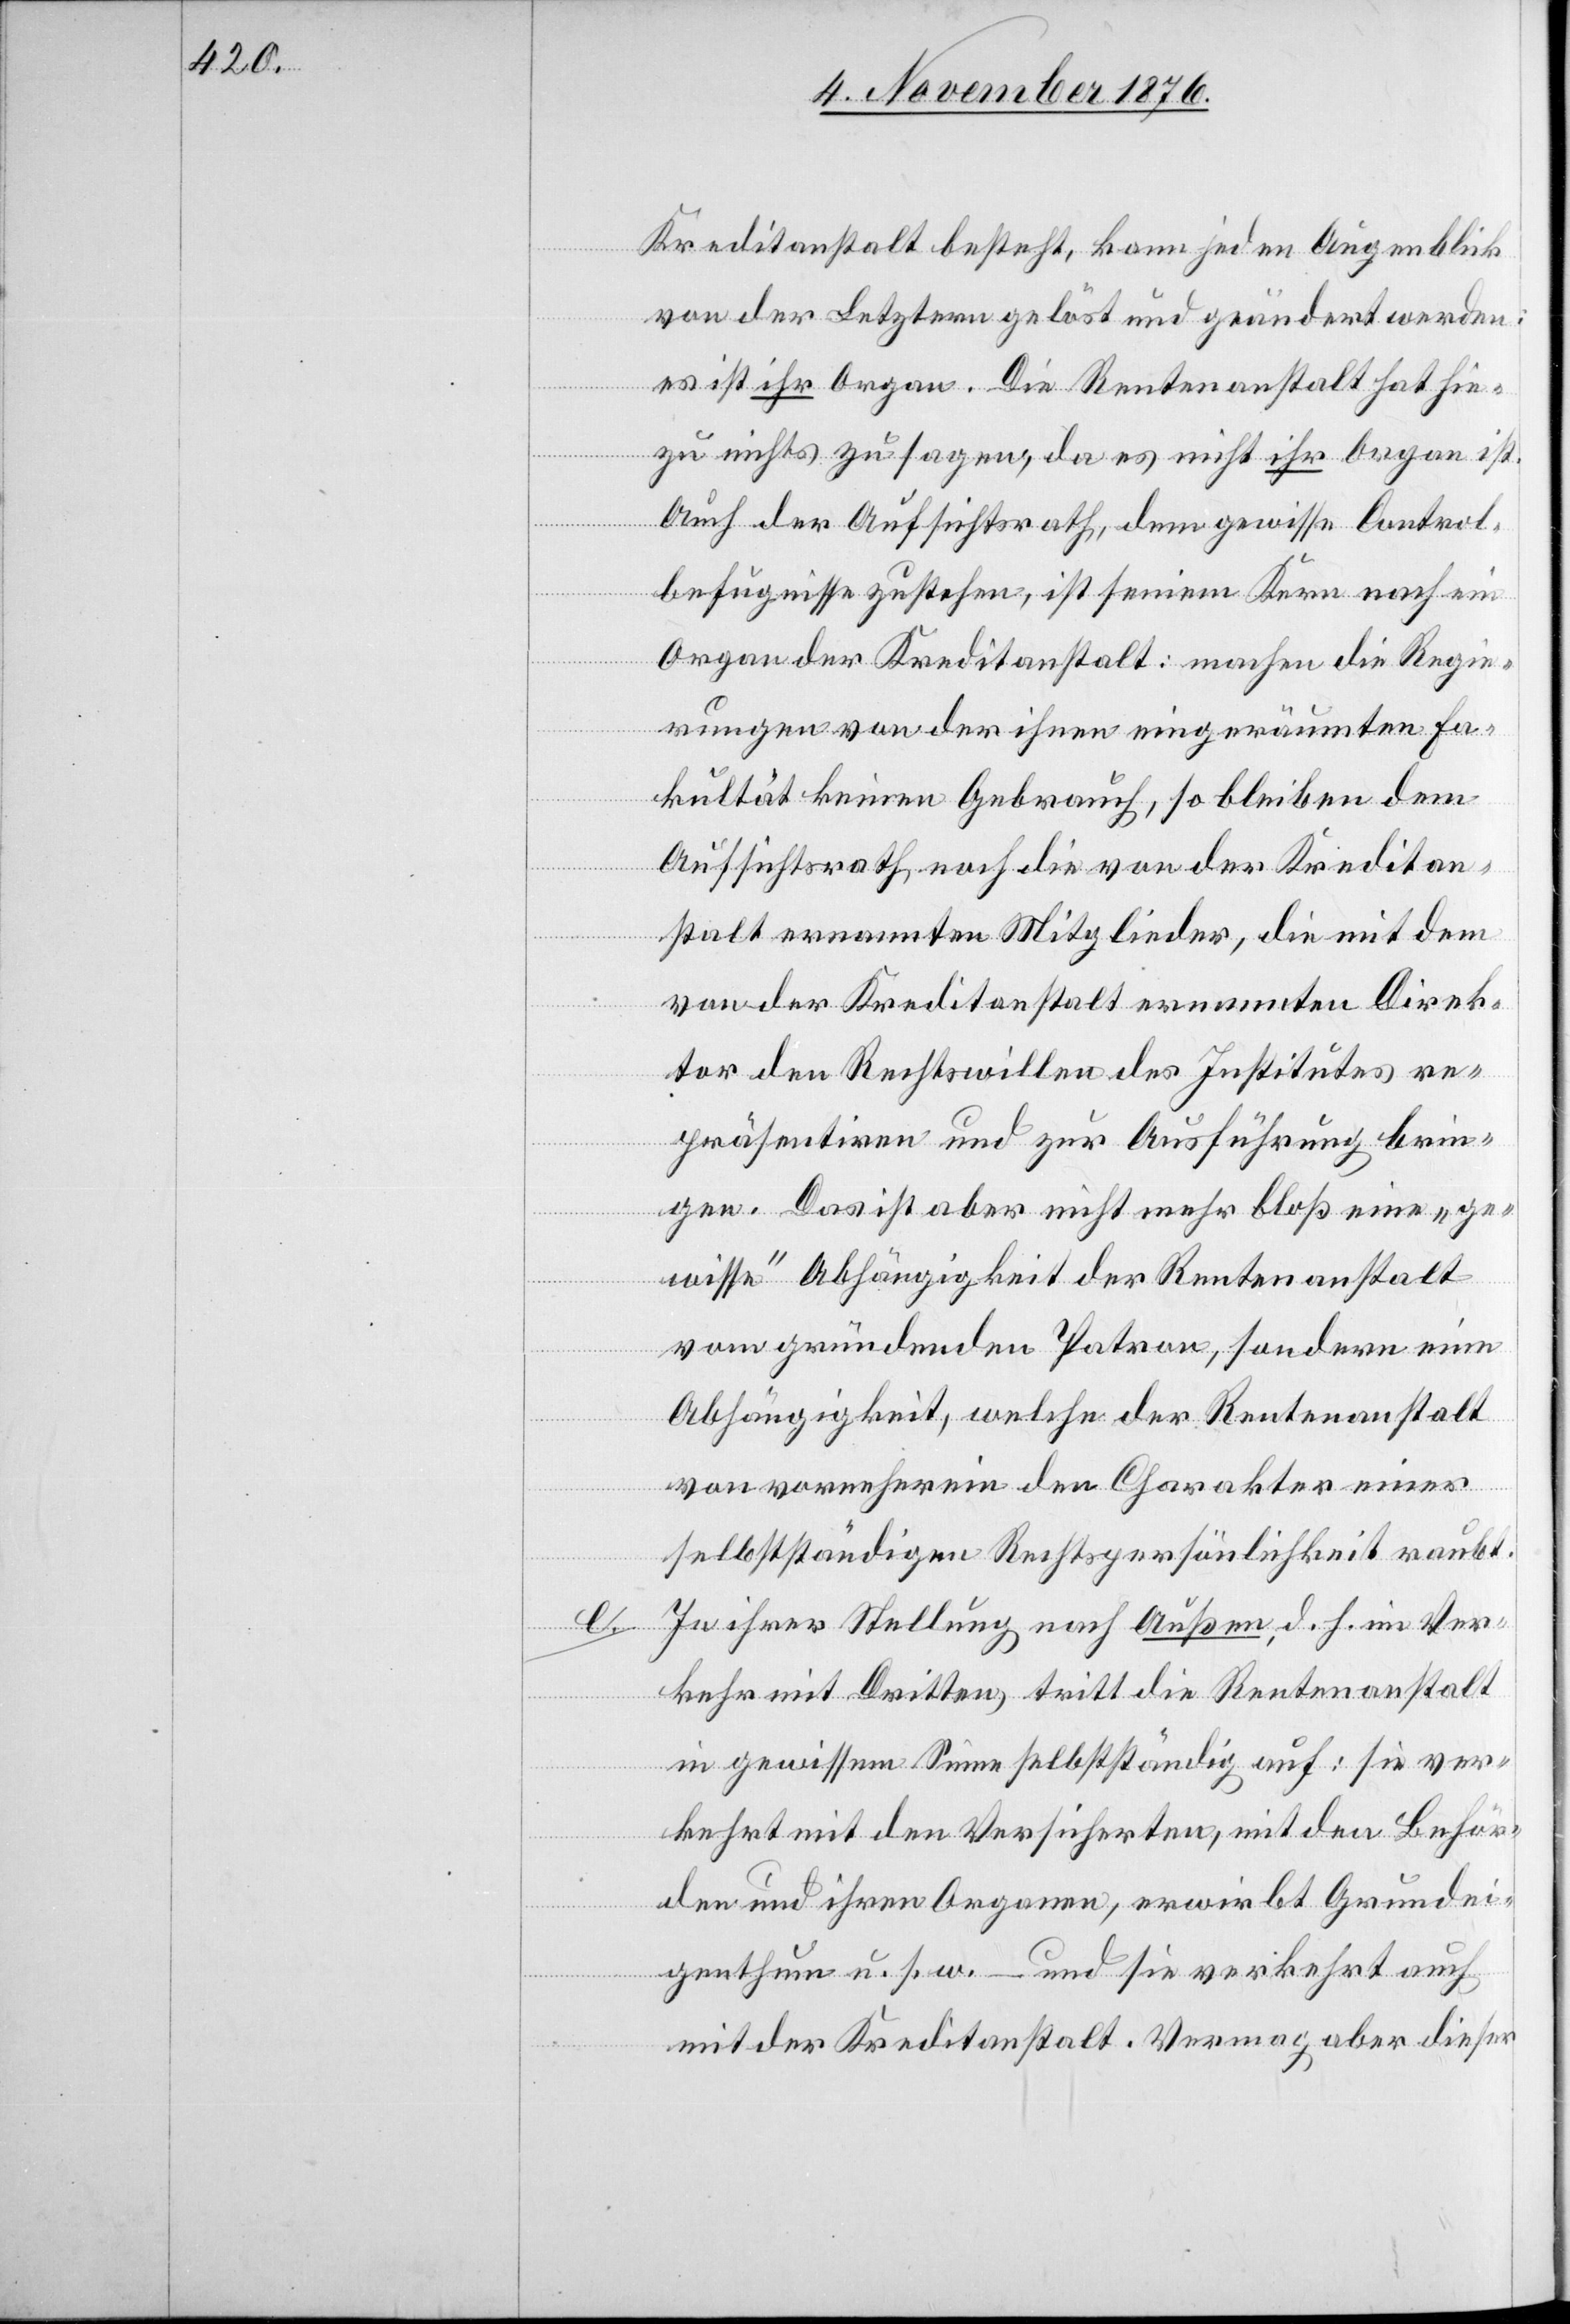
e.

Kreditanstalt besteht, kann jeden Augenblick
von der Letztern gelöst und geändert werden:
es ist ihr Organ. Die Rentenanstalt hat hie¬
zu nichts zu sagen, da es nicht ihr Organ ist.
Auch der Aufsichtsrath, dem gewisse Control¬
befugnisse zustehen, ist seinem Kern nach ein
Organ der Kreditanstalt: machen die Regie¬
rungen von der ihnen eingeräumten Fa¬
kultät keinen Gebrauch, so bleiben dem
Aufsichtsrath noch die von der Kreditan¬
stalt ernannten Mitglieder, die mit dem
von der Kreditanstalt ernannten Direk¬
tor den Rechtswillen des Institutes re¬
präsentiren und zur Ausführung brin¬
gen. Das ist aber nicht mehr bloß eine „ge¬
wisse“ Abhängigkeit der Rentenanstalt
vom gründenden Patron, sondern eine
Abhängigkeit, welche der Rentenanstalt
von vorneherein den Charakter einer
selbstständigen Rechtspersönlichkeit raubt.
In ihrer Stellung nach Außen, d. h. im Ver¬
kehr mit Dritten, tritt die Rentenanstalt
in gewissem Sinne selbstständig auf: sie ver¬
kehrt mit den Versicherten, mit den Behör¬
den und ihren Organen, erwirbt Grundei¬
genthum u. s. w. – und sie verkehrt auch
mit der Kreditanstalt. Vermag aber dieser